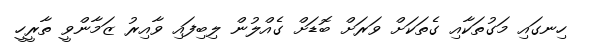
ހިނގައި މަގުތަކާއި ގެތަކަށް ވަރަށް ބޮޑަށް ގެއްލުން ލިބިފައި ވާއިރު ޒަމާންވީ ތާރީހީ